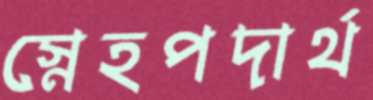
স্নেহপদার্থ